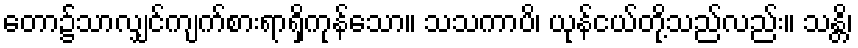
တော၌သာလျှင်ကျက်စားရာရှိကုန်သော။ သသကာပိ၊ ယုန်ငယ်တို့သည်လည်း။ သန္တိ၊